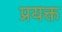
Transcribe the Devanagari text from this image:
प्रयक्त